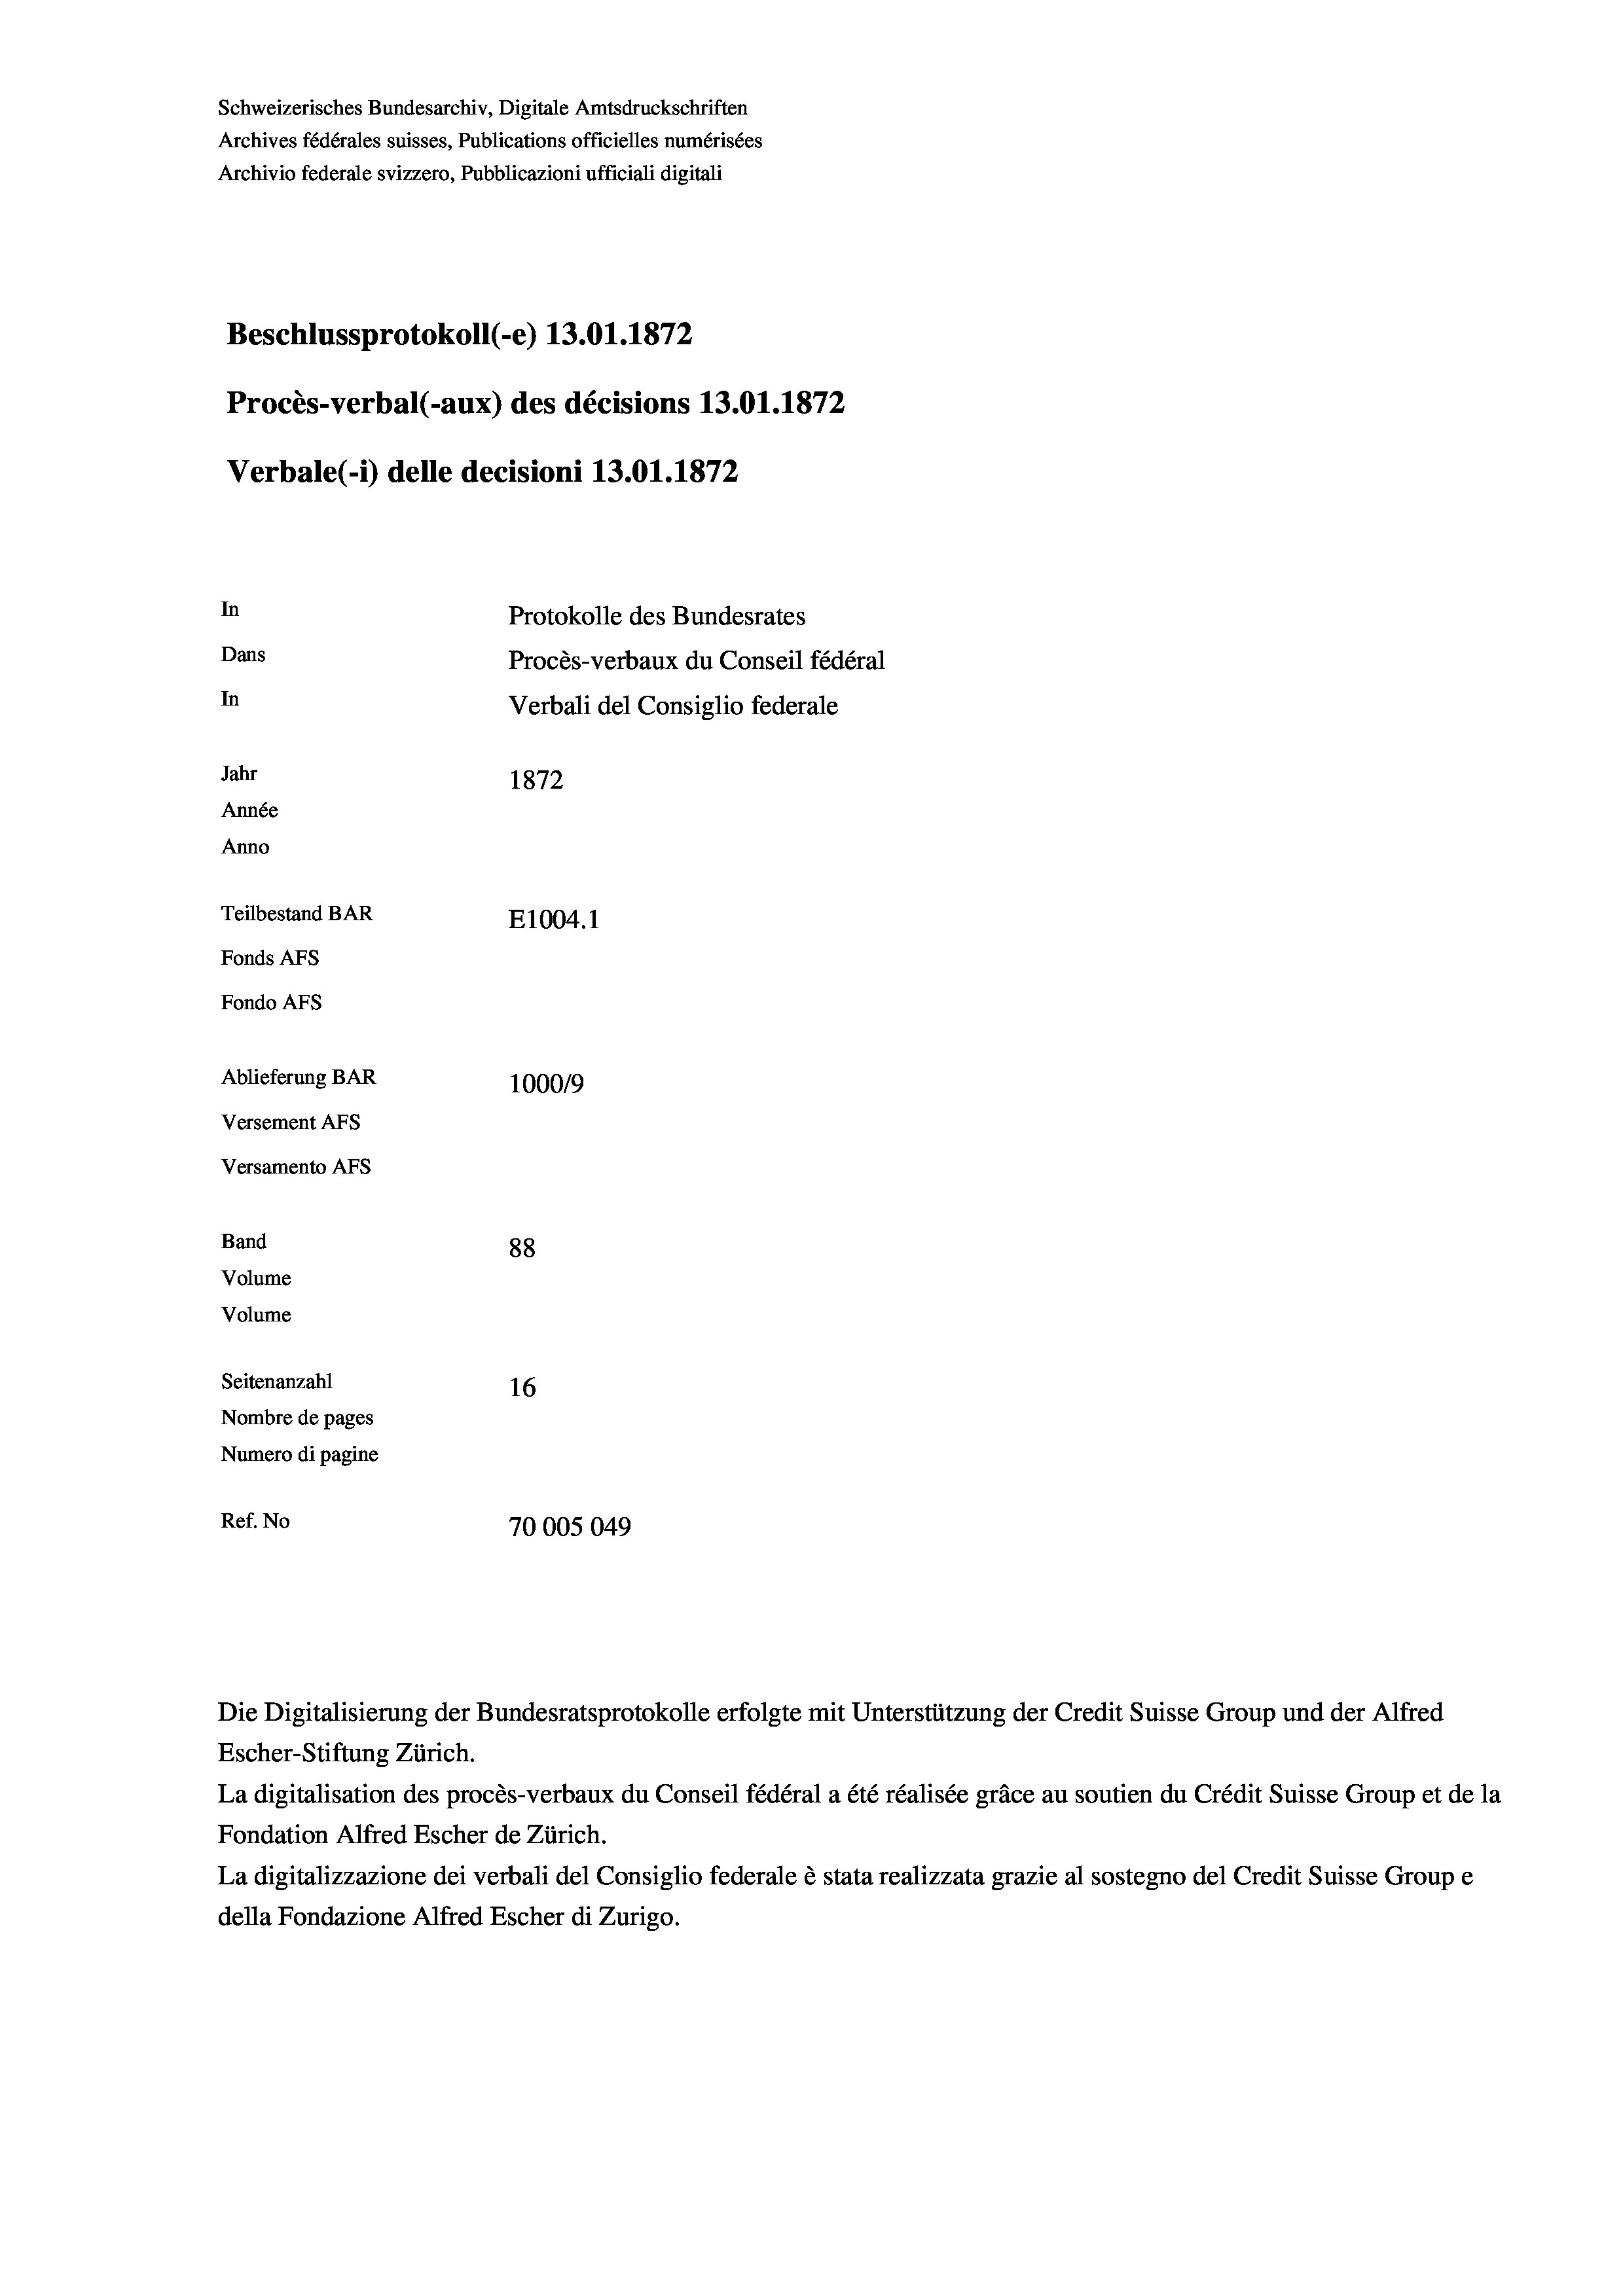
Schweizerisches Bundesarchiv, Digitale Amtsdruckschriften
Archives fédérales suisses, Publications officielles numérisées
Archivio federale svizzero, Pubblicazioni ufficiali digitali
Beschlussprotokoll (-e) 13.01. 1872
Procès-verbal (-aux) des décisions 13.01.1872
Verbale (i) delle decisioni 13.01. 1872
In
Protokolle des Bundesrates
Dans
Procès-verbaux du Conseil fédéral
In
Verbali del Consiglio federale
Jahr
1872
Année
Anno
Teilbestand BAR
E1004.1
Fonds AFs
Fondo AFs
Ablieferung BAR
100019
Versement AFS
Versamento AFs
Band
88

Volume
Volume
Seitenanzahl
16
Nombre de pages
Numero di pagine
Ref. No
70005049

Escher-Stiftung Zürich.
La digitalisation des procès-verbaux du Conseil fédéral a été réalisée gräce au soutien du Crédit Suisse Group et de la
Fondation Alfred Escher de Zürich.
La digitalizzazione dei verbali del Consiglio federale è stata realizzata grazie al sostegno del Credit Suisse Groupe
della Fondazione Alfred Escher di Zurigo.

Die Digitalisierung der Bundesratsprotokolle erfolgte mit Unterstützung der Credit Suisse Group und der Alfred